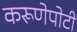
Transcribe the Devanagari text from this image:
करूणेपोटी